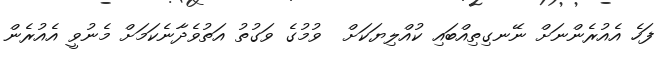
ފަހެ އެއުރެންނަށް ނޭނގިތިއްބައި ކުއްލިޔަކަށް  ވުމުގެ ވަގުތު އަތުވެދާނެކަމަށް މެނުވީ އެއުރެން